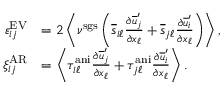
\begin{array} { r l } { \varepsilon _ { i j } ^ { \mathrm { E V } } } & { = 2 \left< \nu ^ { \mathrm { s g s } } \left( \overline { { s } } _ { i \ell } \frac { \partial \overline { { u } } _ { j } ^ { \prime } } { \partial x _ { \ell } } + \overline { { s } } _ { j \ell } \frac { \partial \overline { { u } } _ { i } ^ { \prime } } { \partial x _ { \ell } } \right) \right> , } \\ { \xi _ { i j } ^ { \mathrm { A R } } } & { = \left< \tau _ { i \ell } ^ { \mathrm { a n i } } \frac { \partial \overline { { u } } _ { j } ^ { \prime } } { \partial x _ { \ell } } + \tau _ { j \ell } ^ { \mathrm { a n i } } \frac { \partial \overline { { u } } _ { i } ^ { \prime } } { \partial x _ { \ell } } \right> . } \end{array}